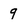
Character: 9